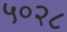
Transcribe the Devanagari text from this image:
५०२८